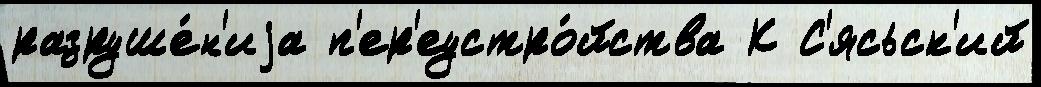
разруше́н'иjа п'ер'еустро́йства К С'ясьск'ий